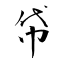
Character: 帒